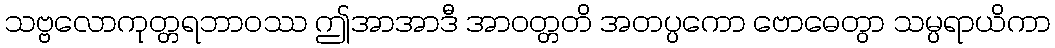
သဗ္ဗလောကုတ္တရဘာဝဿ ဤအာအာဒီ အာဝတ္တတိ အတပ္ပကော ဗောဓေတွာ သမ္ပရာယိကာ